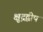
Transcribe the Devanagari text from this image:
क्षुद्रद्वीप